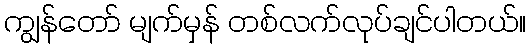
ကျွန်တော် မျက်မှန် တစ်လက်လုပ်ချင်ပါတယ်။